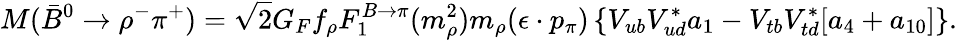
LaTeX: M(\bar{B}^{0}\to\rho^{-}\pi^{+})=\sqrt{2}G_{F}f_{\rho}F_{1}^{B\to\pi}(m_{\rho}^{2})m_{\rho}(\epsilon\cdot p_{\pi})\left\{ V_{ub}V_{ud}^{*}a_{1}-V_{tb}V_{td}^{*}[a_{4}+a_{10}]\right\} .